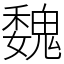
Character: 魏